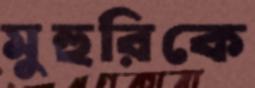
মুহুরিকে